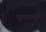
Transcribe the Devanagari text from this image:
व्रतकथायें